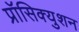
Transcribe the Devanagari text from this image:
प्रॉसिक्युशन